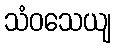
သံဝသေယျ